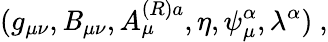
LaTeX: (g_{\mu\nu},\mathit{B}_{\mu\nu},A_{\mu}^{(R)a},\eta,\psi_{\mu}^{\alpha},\lambda^{\alpha})\ ,